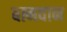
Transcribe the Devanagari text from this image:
बानवान